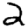
Digit: 2